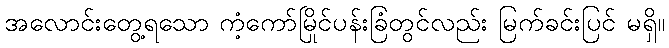
အလောင်းတွေ့ရသော ကံ့ကော်မြိုင်ပန်းခြံတွင်လည်း မြက်ခင်းပြင် မရှိ။